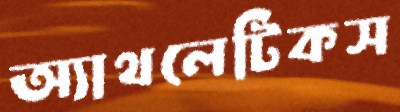
অ্যাথলেটিকস